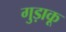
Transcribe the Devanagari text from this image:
गुड़ाकू